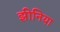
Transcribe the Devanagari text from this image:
झीनिया